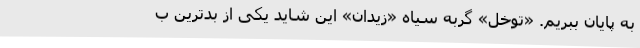
به پایان ببریم. «توخل» گربه سیاه «زیدان» این شاید یکی از بدترین ب